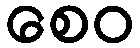
စေဝ